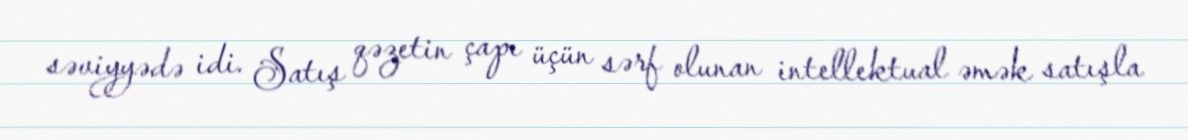
səviyyədə idi. Satış qəzetin çapı üçün sərf olunan intellektual əmək satışla